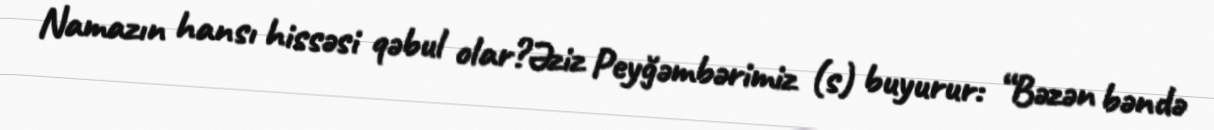
Namazın hansı hissəsi qəbul olar?Əziz Peyğəmbərimiz (s) buyurur: “Bəzən bəndə